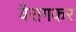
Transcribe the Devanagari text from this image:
वैरागकर